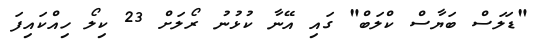
"ޑަލަސް ބަޔާސް ކްލަބް" ގައި އޭނާ ކުޅުނު ރޯލަށް 23 ކިލޯ ހިއްކައިފަ